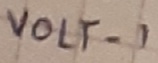
Text: VOLT-1